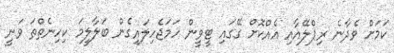
ކަމަށް ވެދާނެ ރިޕްލޭއާއި އެއްކޮށް ގޭގައި ޓީވީން ހަމަޖެހިލައިގެން ބަލާލީމަ ކިހިނެތްތަ ވަނީ